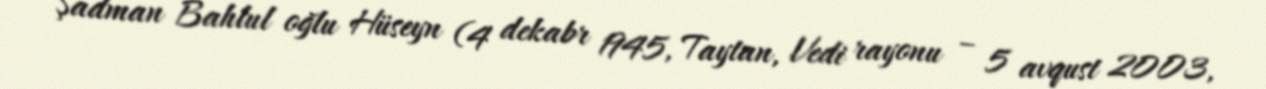
Şadman Bahlul oğlu Hüseyn (4 dekabr 1945, Taytan, Vedi rayonu – 5 avqust 2003,